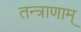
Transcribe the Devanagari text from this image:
तन्त्राणाम्